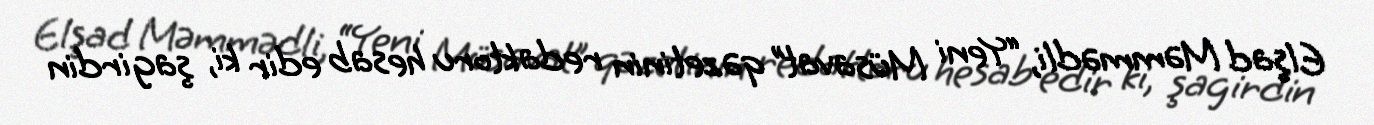
Elşad Məmmədli, “Yeni Müsavat” qəzetinin redaktoru hesab edir ki, şagirdin